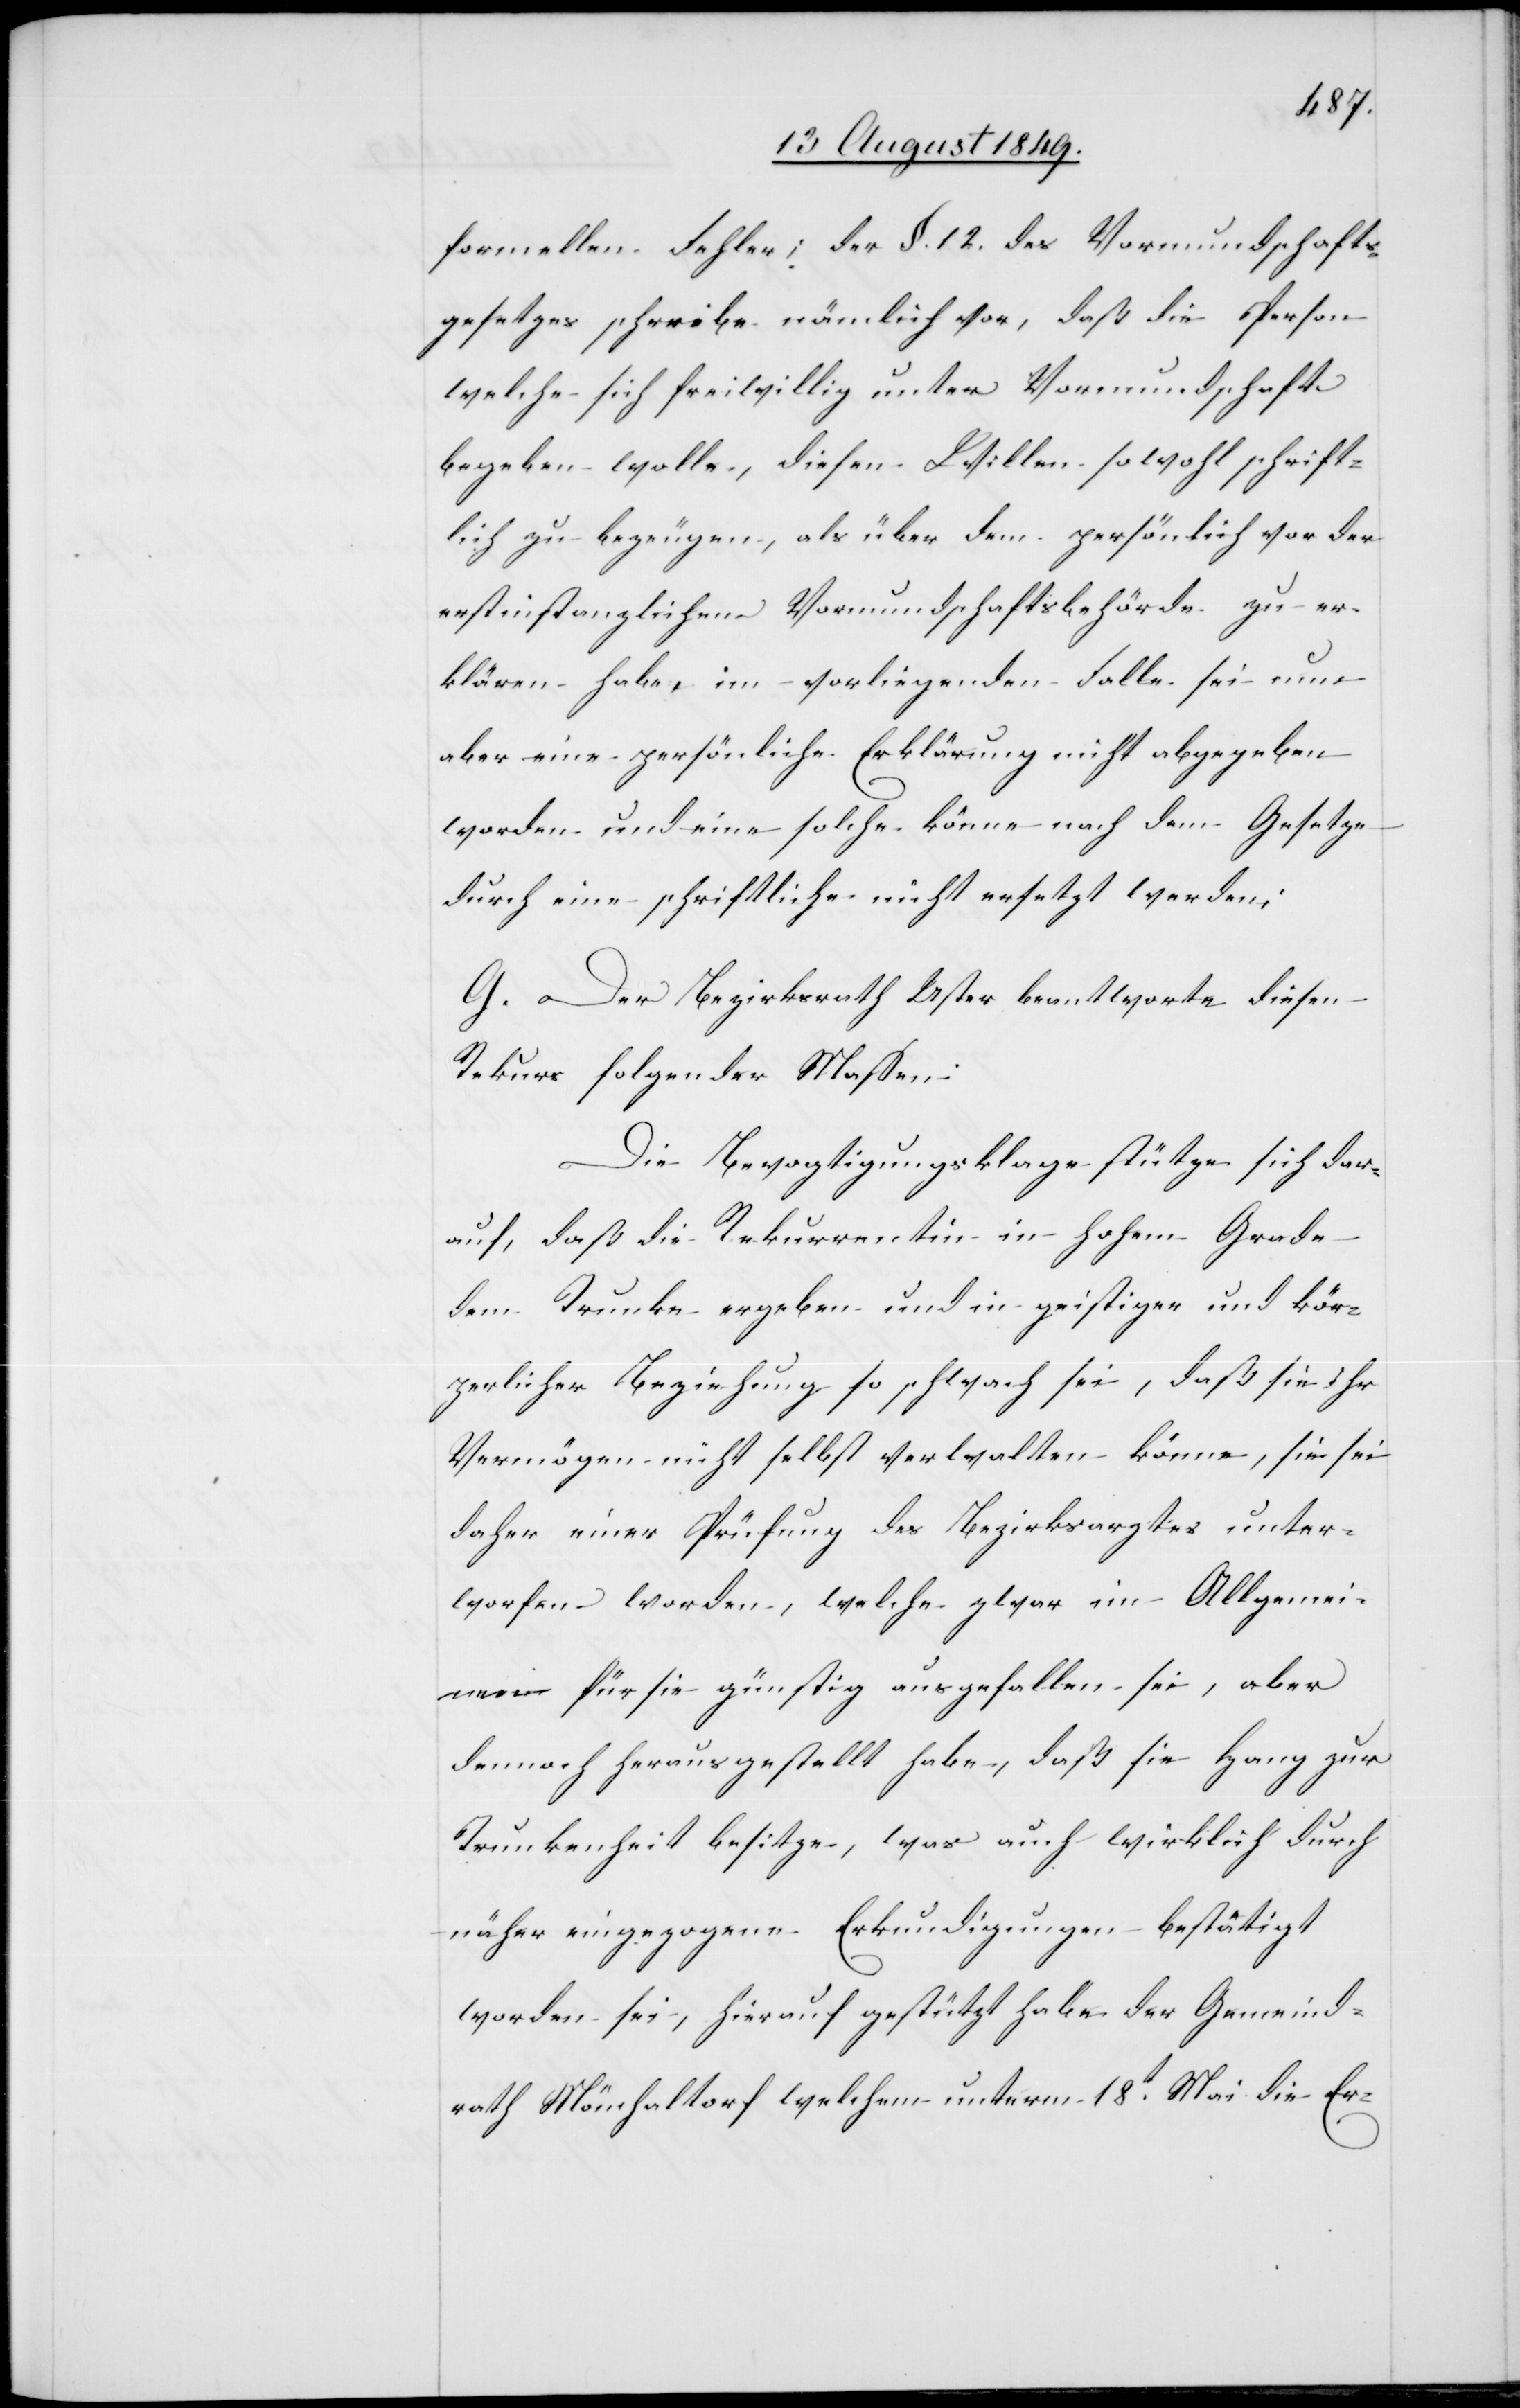
formellen Fehler; der §. 12. des Vormundschafts¬
gesetzes schreibe nämlich vor, daß die Person
welche sich freiwillig unter Vormundschaft
begeben wolle, diesen Willen sowohl schrift¬
lich zu bezeugen, als über dem persönlich vor der
erstinstanzlichen Vormundschaftsbehörde zu er¬
klären habe, im vorliegenden Falle sei nun
aber eine persönliche Erklärung nicht abgegeben
worden und eine solche könne nach dem Gesetze
durch eine schriftliche nicht ersetzt werden;
G. Der Bezirksrath Uster beantworte diesen
Rekurs folgender Massen:
Die Bevogtigungsklage stütze sich dar¬
auf, daß die Rekurrentin in hohem Grade
dem Trunke ergeben und in geistiger und kör¬
perlicher Beziehung so schwach sei, daß sie ihr
Vermögen nicht selbst verwalten könne, sie sei
daher einer Prüfung des Bezirksarztes unter¬
worfen worden, welche zwar im allgemei¬
nen für sie günstig ausgefallen sei, aber
dennoch herausgestellt habe, daß sie Hang zur
Trunkenheit besitze, was auch wirklich durch
näher eingezogene Erkundigungen bestätigt
worden sei, hierauf gestützt habe der Gemeind¬
rath Mönchaltorf welchem unterm 18t Mai die Er-